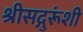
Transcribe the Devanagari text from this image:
श्रीसद्गुरूंशी